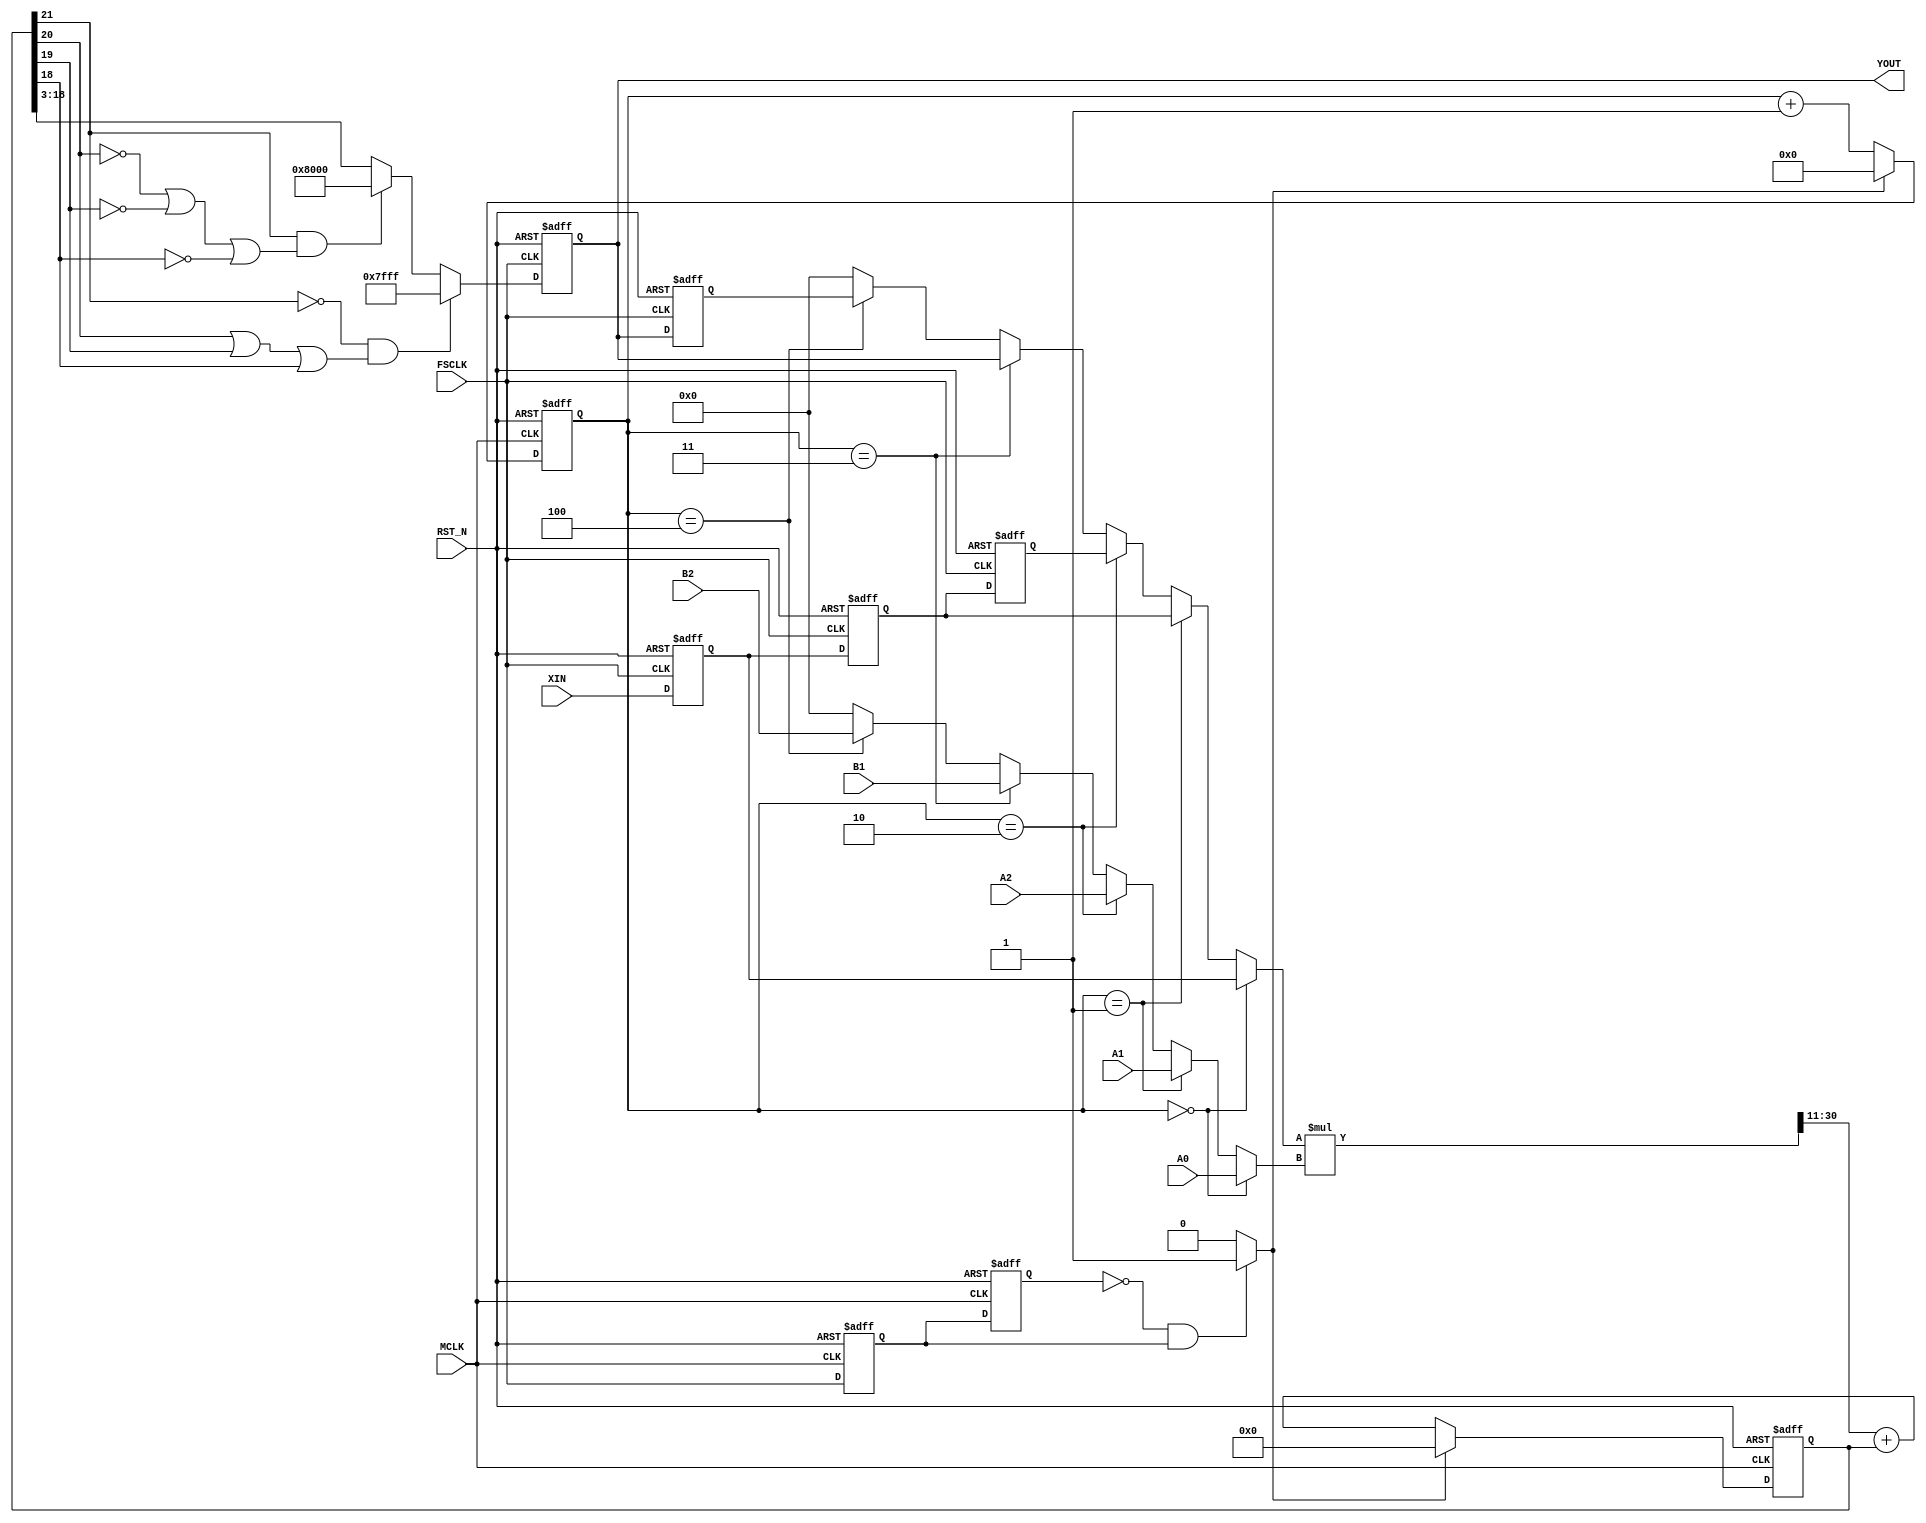
//------------------------------------------------
// IIR filter
// by Toshio Iwata at digitalfilter.com 2015/06/02

module MuxIir(
  RST_N,
  MCLK,
  FSCLK,
  A0, 
  A1, 
  A2, 
  B1, 
  B2, 
  XIN,
  YOUT
);

input RST_N;
input MCLK;
input FSCLK;
input[15:0] A0;
input[15:0] A1;
input[15:0] A2;
input[15:0] B1;
input[15:0] B2;
input[15:0] XIN;
output[15:0] YOUT;

wire   RST_N;
wire   MCLK;
wire   FSCLK;
wire  [15:0] XIN;
reg   [15:0] YOUT;


reg signed [15:0] X0;
reg signed [15:0] X1;
reg signed [15:0] X2;
reg signed [15:0] Y1;
reg signed [15:0] Y2;
wire signed [15:0] A0_sig;
wire signed [15:0] A1_sig;
wire signed [15:0] A2_sig;
wire signed [15:0] B1_sig;
wire signed [15:0] B2_sig;
wire signed [31:0] HnXn;
reg signed [19:0] HnXn_20b;
reg signed [15:0] XIN_sig;
reg signed [21:0] YOUT_sig;
wire signed [21:0] ADDOUT;
reg  [7:0] counter8b;
reg signed [15:0] MuxXn;
reg signed [15:0] MuxHn;
reg   fsclk_dly1;
reg   fsclk_dly2;
wire  counter8b_clr;

// MuxIir
assign A0_sig = {A0};
assign A1_sig = {A1};
assign A2_sig = {A2};
assign B1_sig = {B1};
assign B2_sig = {B2};

//-----------------------------------------------------------------
always@(posedge MCLK or negedge RST_N)  begin
  if ((RST_N == 1'b0)  )  begin
    fsclk_dly2 <= 1'b0;
    fsclk_dly1 <= 1'b0;
  end
  else  begin
    fsclk_dly2 <= fsclk_dly1;
    fsclk_dly1 <= FSCLK;
  end
end

//-----------------------------------------------------------------
assign counter8b_clr = (fsclk_dly2 == 1'b0 && fsclk_dly1 == 1'b1)? 1'b1 : 1'b0;
//-----------------------------------------------------------------
always@(posedge MCLK or negedge RST_N)  begin
  if ((RST_N == 1'b0)  )  begin
    counter8b <= {5{1'b0}};
  end
  else  begin
    if ((counter8b_clr == 1'b1)  )  begin
      counter8b <= {5{1'b0}};
    end
    else  begin
      counter8b <= counter8b + 1;
    end
  end
end

//-----------------------------------------------------------------
always@(X0 or X1 or X2 or Y1 or Y2 or counter8b)  begin
  if ((counter8b == 0)  )  begin
    MuxXn <= X0;
  end
  else if ((counter8b == 1)  )  begin
    MuxXn <= X1;
  end
  else if ((counter8b == 2)  )  begin
    MuxXn <= X2;
  end
  else if ((counter8b == 3)  )  begin
    MuxXn <= Y1;
  end
  else if ((counter8b == 4)  )  begin
    MuxXn <= Y2;
  end
  else  begin
    MuxXn <= {16{1'b0}};
  end
end

//-----------------------------------------------------------------
always@(A0_sig or A1_sig or A2_sig or B1_sig or B2_sig or counter8b)  begin
  if ((counter8b == 0)  )  begin
    MuxHn <= A0_sig;
  end
  else if ((counter8b == 1)  )  begin
    MuxHn <= A1_sig;
  end
  else if ((counter8b == 2)  )  begin
    MuxHn <= A2_sig;
  end
  else if ((counter8b == 3)  )  begin
    MuxHn <= B1_sig;
  end
  else if ((counter8b == 4)  )  begin
    MuxHn <= B2_sig;
  end
  else  begin
    MuxHn <= {16{1'b0}};
  end
end

//-----------------------------------------------------------------
assign HnXn = MuxXn * MuxHn;
//-----------------------------------------------------------------
always@(XIN)  begin
  XIN_sig[0]  <= XIN[0] ;
  XIN_sig[1]  <= XIN[1] ;
  XIN_sig[2]  <= XIN[2] ;
  XIN_sig[3]  <= XIN[3] ;
  XIN_sig[4]  <= XIN[4] ;
  XIN_sig[5]  <= XIN[5] ;
  XIN_sig[6]  <= XIN[6] ;
  XIN_sig[7]  <= XIN[7] ;
  XIN_sig[8]  <= XIN[8] ;
  XIN_sig[9]  <= XIN[9] ;
  XIN_sig[10]  <= XIN[10] ;
  XIN_sig[11]  <= XIN[11] ;
  XIN_sig[12]  <= XIN[12] ;
  XIN_sig[13]  <= XIN[13] ;
  XIN_sig[14]  <= XIN[14] ;
  XIN_sig[15]  <= XIN[15] ;
end

//--------------------------------------------------
always@(posedge FSCLK or negedge RST_N)  begin
  if ((RST_N == 1'b0)  )  begin
    X2 <= {16{1'b0}};
    X1 <= {16{1'b0}};
    X0 <= {16{1'b0}};
  end
  else  begin
    X2 <= X1;
    X1 <= X0;
    X0 <= XIN_sig;
  end
end

//--------------------------------------------------
always@(HnXn)  begin
  HnXn_20b[19:0]  <= HnXn[30:11] ;
end

//--------------------------------------------------
assign ADDOUT = HnXn_20b + YOUT_sig;
//--------------------------------------------------
always@(posedge MCLK or negedge RST_N)  begin : P1
    reg [21:0] tmpint;

  if ((RST_N == 1'b0)  )  begin
    YOUT_sig <= {22{1'b0}};
  end
  else  begin
    if ((counter8b_clr == 1'b1)  )  begin
      YOUT_sig <= {22{1'b0}};
    end
    else  begin
      YOUT_sig <= ADDOUT;
    end
  end
end

//-----------------------------------------------------------------
always@(posedge FSCLK or negedge RST_N)  begin
  if ((RST_N == 1'b0)  )  begin
    Y1 <= {16{1'b0}};
  end
  else  begin
    if ((YOUT_sig[21]  == 1'b0 && (YOUT_sig[20]  == 1'b1 || YOUT_sig[19]  == 1'b1 || YOUT_sig[18]  == 1'b1)  )  )  begin
      // overflow
      Y1 <= 16'b0111111111111111;
    end
    else if ((YOUT_sig[21]  == 1'b1 && (YOUT_sig[20]  == 1'b0 || YOUT_sig[19]  == 1'b0 || YOUT_sig[18]  == 1'b0)  )  )  begin
      // underflow
      Y1 <= 16'b1000000000000000;
    end
    else  begin
      Y1[15:0]  <= YOUT_sig[18:3] ;
    end
  end
end

//--------------------------------------------------
always@(posedge FSCLK or negedge RST_N)  begin
  if ((RST_N == 1'b0)  )  begin
    Y2 <= {16{1'b0}};
  end
  else  begin
    Y2 <= Y1;
  end
end

//--------------------------------------------------
always@(Y1)  begin
  YOUT[0]  <= Y1[0] ;
  YOUT[1]  <= Y1[1] ;
  YOUT[2]  <= Y1[2] ;
  YOUT[3]  <= Y1[3] ;
  YOUT[4]  <= Y1[4] ;
  YOUT[5]  <= Y1[5] ;
  YOUT[6]  <= Y1[6] ;
  YOUT[7]  <= Y1[7] ;
  YOUT[8]  <= Y1[8] ;
  YOUT[9]  <= Y1[9] ;
  YOUT[10]  <= Y1[10] ;
  YOUT[11]  <= Y1[11] ;
  YOUT[12]  <= Y1[12] ;
  YOUT[13]  <= Y1[13] ;
  YOUT[14]  <= Y1[14] ;
  YOUT[15]  <= Y1[15] ;
end

endmodule